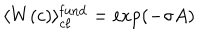
\langle W ( c ) \rangle _ { c \ell } ^ { \mathrm { f u n d } } = \exp ( - \sigma A )